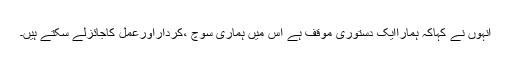
انہوں نے کہاکہ ہماراایک دستوری موقف ہے اس میں ہماری سوچ ،کرداراورعمل کاجائزلے سکتے ہیں۔